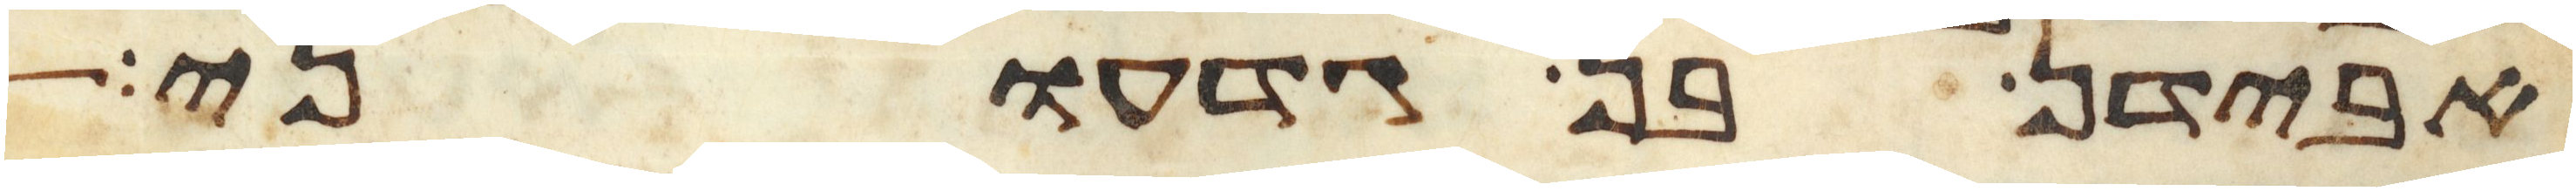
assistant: אבידן בן גדעוני